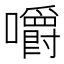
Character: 嚼